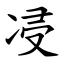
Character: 㓎